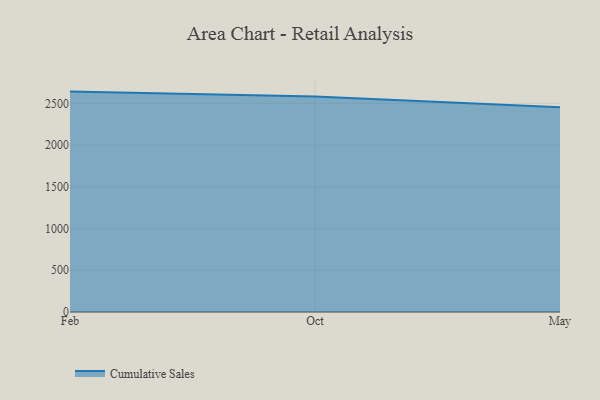
{"axis": {"x": "Month", "y": "Active Users"}, "legend": ["Cumulative Sales"], "data": [{"x": "Feb", "y": 2641.2, "type": "Cumulative Sales"}, {"x": "Oct", "y": 2581.9, "type": "Cumulative Sales"}, {"x": "May", "y": 2453.2, "type": "Cumulative Sales"}]}